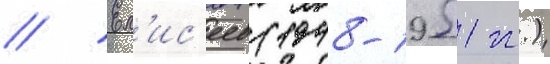
// Ел'ис'еев (1948-1951 гг.)